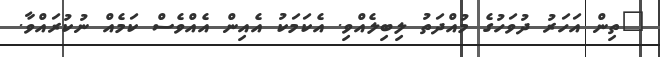
"ތިން އަހަރު ދުވަހުގެ މުއްދަތު ލިބިލެއްވި. އެކަމަކު އެއިން އެއްވެސް ކަމެއް ނުކުރައްވާ.